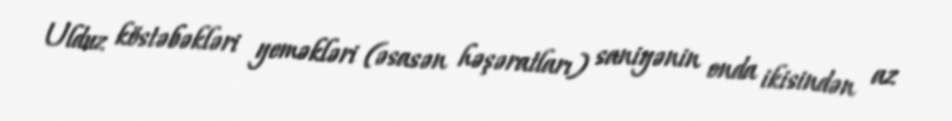
Ulduz köstəbəkləri yeməkləri (əsasən həşəratları) saniyənin onda ikisindən az